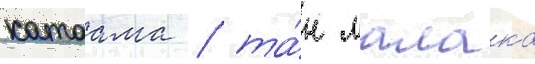
катаама / та́н малака